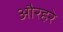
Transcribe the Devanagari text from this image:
औरहरे